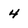
Character: 4